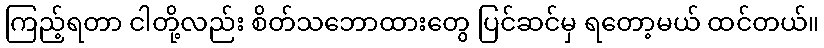
ကြည့်ရတာ ငါတို့လည်း စိတ်သဘောထားတွေ ပြင်ဆင်မှ ရတော့မယ် ထင်တယ်။